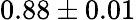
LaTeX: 0.88\pm 0.01